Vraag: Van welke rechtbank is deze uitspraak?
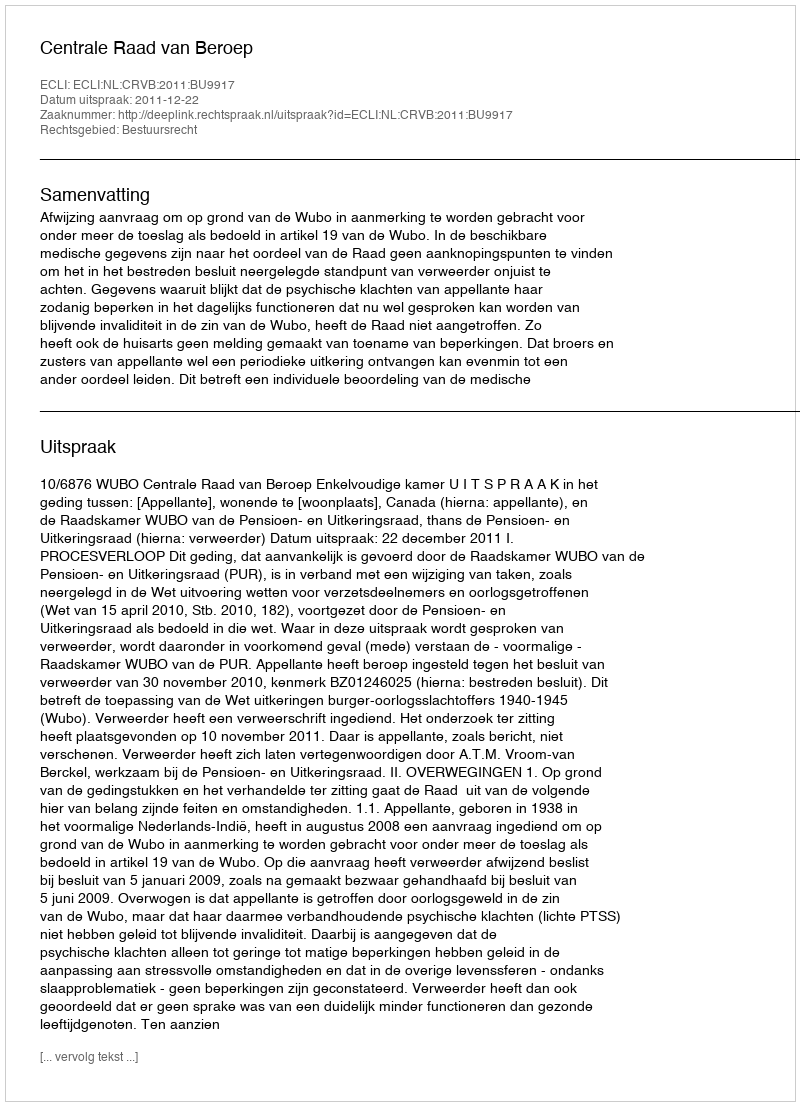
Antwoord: Centrale Raad van Beroep